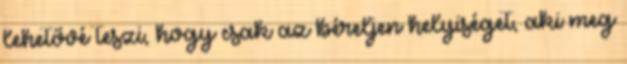
lehetővé teszi, hogy csak az béreljen helyiséget, aki meg